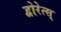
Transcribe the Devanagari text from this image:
द्वोरेत्स्